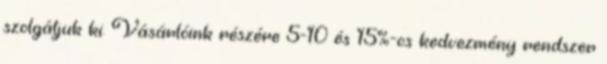
szolgáljuk ki. Vásárlóink részére 5-10 és 15%-os kedvezmény rendszer